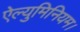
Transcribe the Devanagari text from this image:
ऐल्युमिनियम।